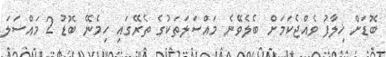
ބޮޑަށް ޚިލާފު ވެއްޖެކަމަށް ބެލެވޭނެ މައްސަލަތަކުގެ ތެރޭގައި ހިމެނޭ ބޮޑު 2 މައްސަލަ